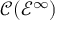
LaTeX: { \mathcal { C } } ( { \mathcal { E } } ^ { \infty } )